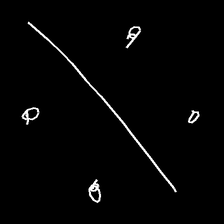
Glyph: cool